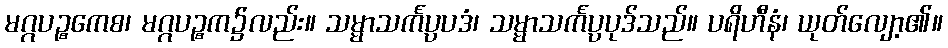
မဂ္ဂပဉ္စကေစ၊ မဂ္ဂပဉ္စက၌လည်း။ သမ္မာသင်္ကပ္ပပဒံ၊ သမ္မာသင်္ကပ္ပပုဒ်သည်။ ပရိဟီနံ၊ ယုတ်လျော့၏။